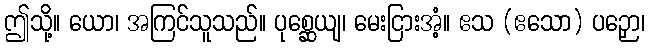
ဤသို့။ ယော၊ အကြင်သူသည်။ ပုစ္ဆေယျ၊ မေးငြားအံ့။ ဧသ (ဧသော) ပဉှော၊